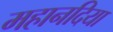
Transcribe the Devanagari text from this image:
महानदिया